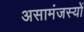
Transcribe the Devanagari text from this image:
असामंजस्यों